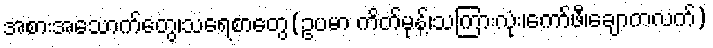
အစားအသောက်တွေ၊သရေစာတွေ(ဥပမာ ကိတ်မုန့်၊သကြားလုံး၊ကော်ဖီ၊ချောကလက်)